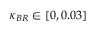
\kappa _ { B R } \in [ 0 , 0 . 0 3 ]